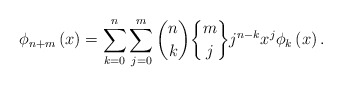
\begin{align*}\phi_{n+m}\left( x\right) =\sum_{k=0}^{n}\sum_{j=0}^{m}\binom{n}{k}\genfrac{\{}{\}}{0pt}{}{m}{j}j^{n-k}x^{j}\phi_{k}\left( x\right) .\end{align*}